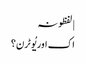
| لفظونہ
اک اور یُو ٹرن؟